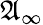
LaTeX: {\mathfrak{A}}_{\infty}